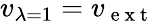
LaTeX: v_{\lambda=1}=v_{\mathrm{~e~x~t~}}